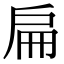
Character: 扁